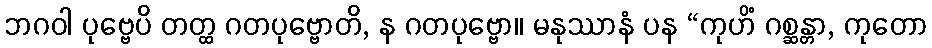
ဘဂဝါ ပုဗ္ဗေပိ တတ္ထ ဂတပုဗ္ဗောတိ, န ဂတပုဗ္ဗော။ မနုဿာနံ ပန “ကုဟိံ ဂစ္ဆန္တာ, ကုတော